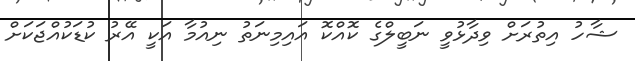
ޝާހު އިތުރަށް ވިދާޅުވީ ނަބީލްގެ ކޮއްކޮ އައިމިނަތު ނިއުމާ އަކީ އޭރު ކުޑަކުއްޖަކަށް